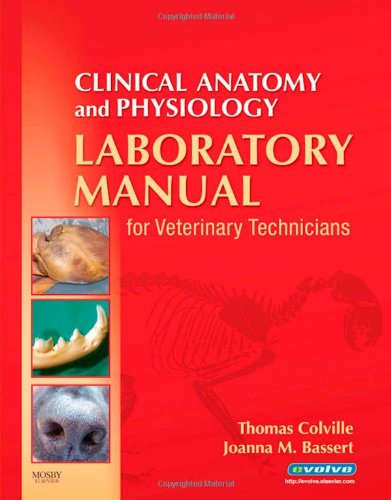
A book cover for Clinical Anatomy and Physiology Laboratory Manual for Veterinary Technicians, 1e (In Focus); Thomas P. Colville DVM  MSc; Medical Books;